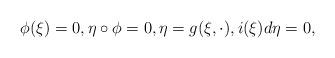
LaTeX: \begin{align*}\phi (\xi) =0, \eta \circ \phi =0, \eta = g(\xi, \cdot), i (\xi) d \eta = 0, \end{align*}